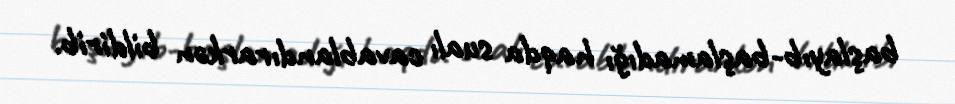
başlayıb-başlamadığı haqda sualı cavablandırarkən bildirib.